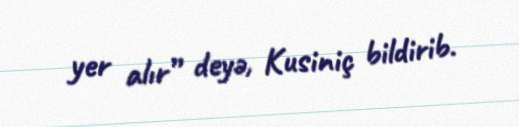
yer alır” deyə, Kusiniç bildirib.